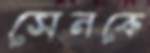
সেনকে